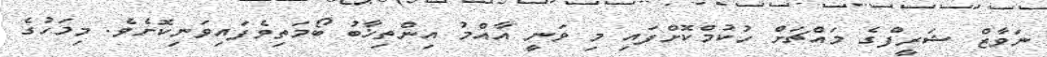
ނަވާޒް ޝަރީފްގެ މައްޗަށް ހުކުމްކޮށްފައި މި ވަނީ އާއްމު އިންތިޚާބު ބޯމަތިވެފައިވަނިކޮށެވެ. މިމަހުގެ